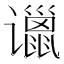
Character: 𲂗